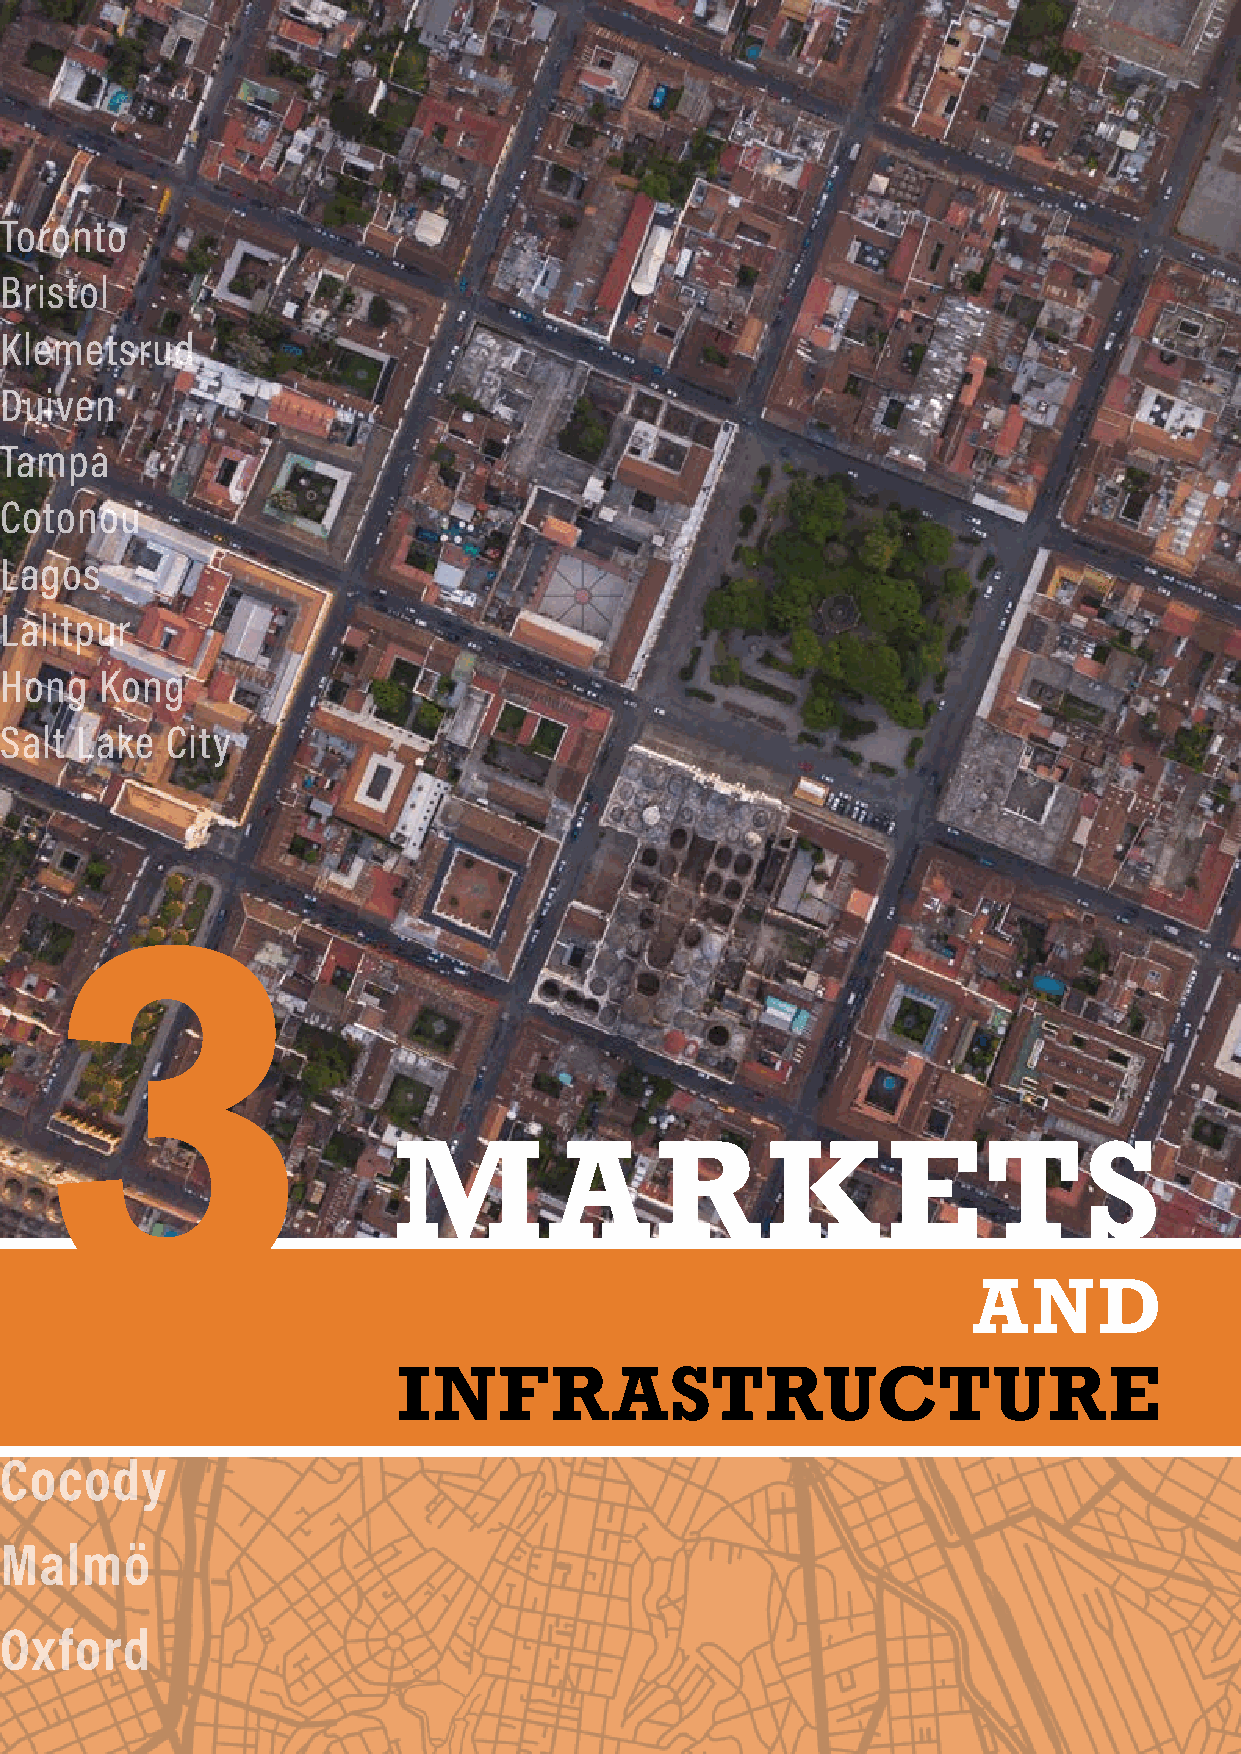
Toronto
 Bristol
 Klemetsrud
 Duiven
 Tampa
 Cotonou
 Lagos
 Lalitpur
 Hong   Kong
 Salt Lake  City
 3
 M         A      R       KETS
 AND
 INFRASTRUCTURE
 Cocody
 Malmö
 Oxford